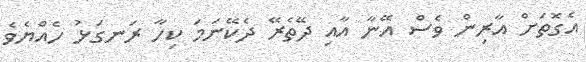
އެގޮތަށް އާރިން ވެސް އޭނާ އާއި ދޭތެރޭ ދެކޭނަމަ ކިހާ ރަނގަޅު ހެއްޔެވެ